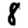
Digit: 8